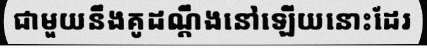
ជាមួយនឹងគូដណ្តឹងនៅឡើយនោះដែរ